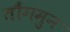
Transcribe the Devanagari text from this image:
तौंगमुन